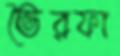
ভৈরফা